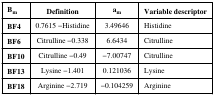
<table><thead><tr><td><b>B<sub>m</sub></b></td><td><b>Definition</b></td><td><b>a<sub>m</sub></b></td><td><b>Variable descriptor</b></td></tr></thead><tbody><tr><td><b>BF4</b></td><td>0.7615 −Histidine</td><td>3.49646</td><td>Histidine</td></tr><tr><td><b>BF6</b></td><td>Citrulline −0.338</td><td>6.6434</td><td>Citrulline</td></tr><tr><td><b>BF10</b></td><td>Citrulline −0.49</td><td>−7.00747</td><td>Citrulline</td></tr><tr><td><b>BF13</b></td><td>Lysine −1.401</td><td>0.121036</td><td>Lysine</td></tr><tr><td><b>BF18</b></td><td>Arginine −2.719</td><td>−0.104259</td><td>Arginine</td></tr></tbody></table>